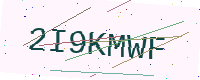
Text: 2I9KMWF